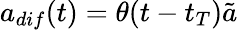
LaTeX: a_{dif}(t)=\theta(t-t_{T})\tilde{a}